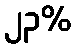
၂၃%